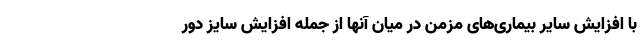
با افزایش سایر بیماری‌های مزمن در میان آنها از جمله افزایش سایز دور